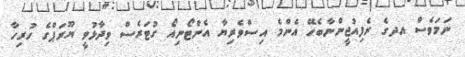
ނަމަވެސް އދގެ ރެފިއުޖީންނާބެހޭ އެންމެ އިސްވެރިޔާ އެންޓޯނިއޯ ގުޓަރެސް ވިދާޅުވީ ޔޫރަޕްގެ ހުރިހާ